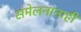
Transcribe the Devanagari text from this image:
संमेलनांनाही